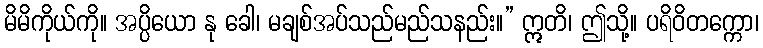
မိမိကိုယ်ကို။ အပ္ပိယော နု ခေါ၊ မချစ်အပ်သည်မည်သနည်း။” ဣတိ၊ ဤသို့။ ပရိဝိတက္ကော၊